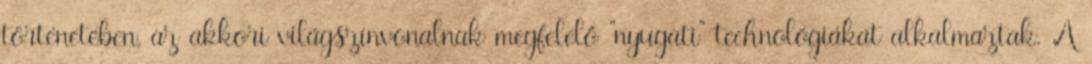
történetében, az akkori világszínvonalnak megfelelő "nyugati" technológiákat alkalmaztak. A